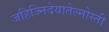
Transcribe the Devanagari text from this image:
जहिज्निदेयातेल्नोस्ती